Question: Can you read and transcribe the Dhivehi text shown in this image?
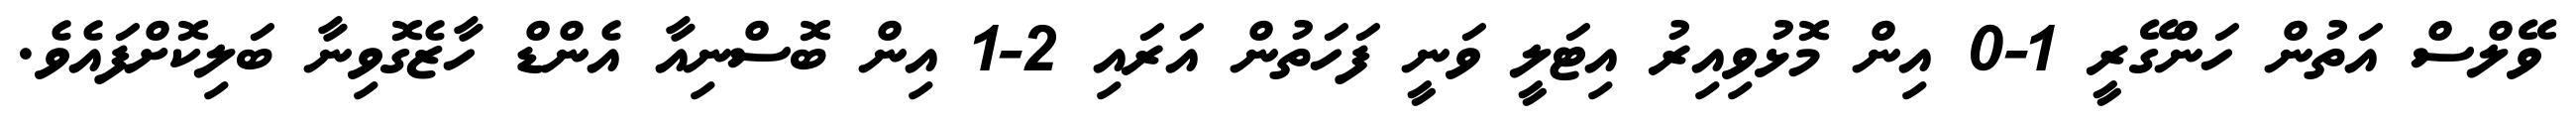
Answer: ވޭލްސް އަތުން ހަންގޭރީ 1-0 އިން މޮޅުވިއިރު އިޓަލީ ވަނީ ފަހަތުން އަރައި 2-1 އިން ބޮސްނިއާ އެންޑް ހާޒެގޮވިނާ ބަލިކޮށްފައެވެ.